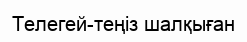
Телегей-теңіз шалқыған